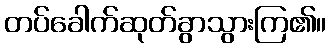
တပ်ခေါက်ဆုတ်ခွာသွားကြ၏။